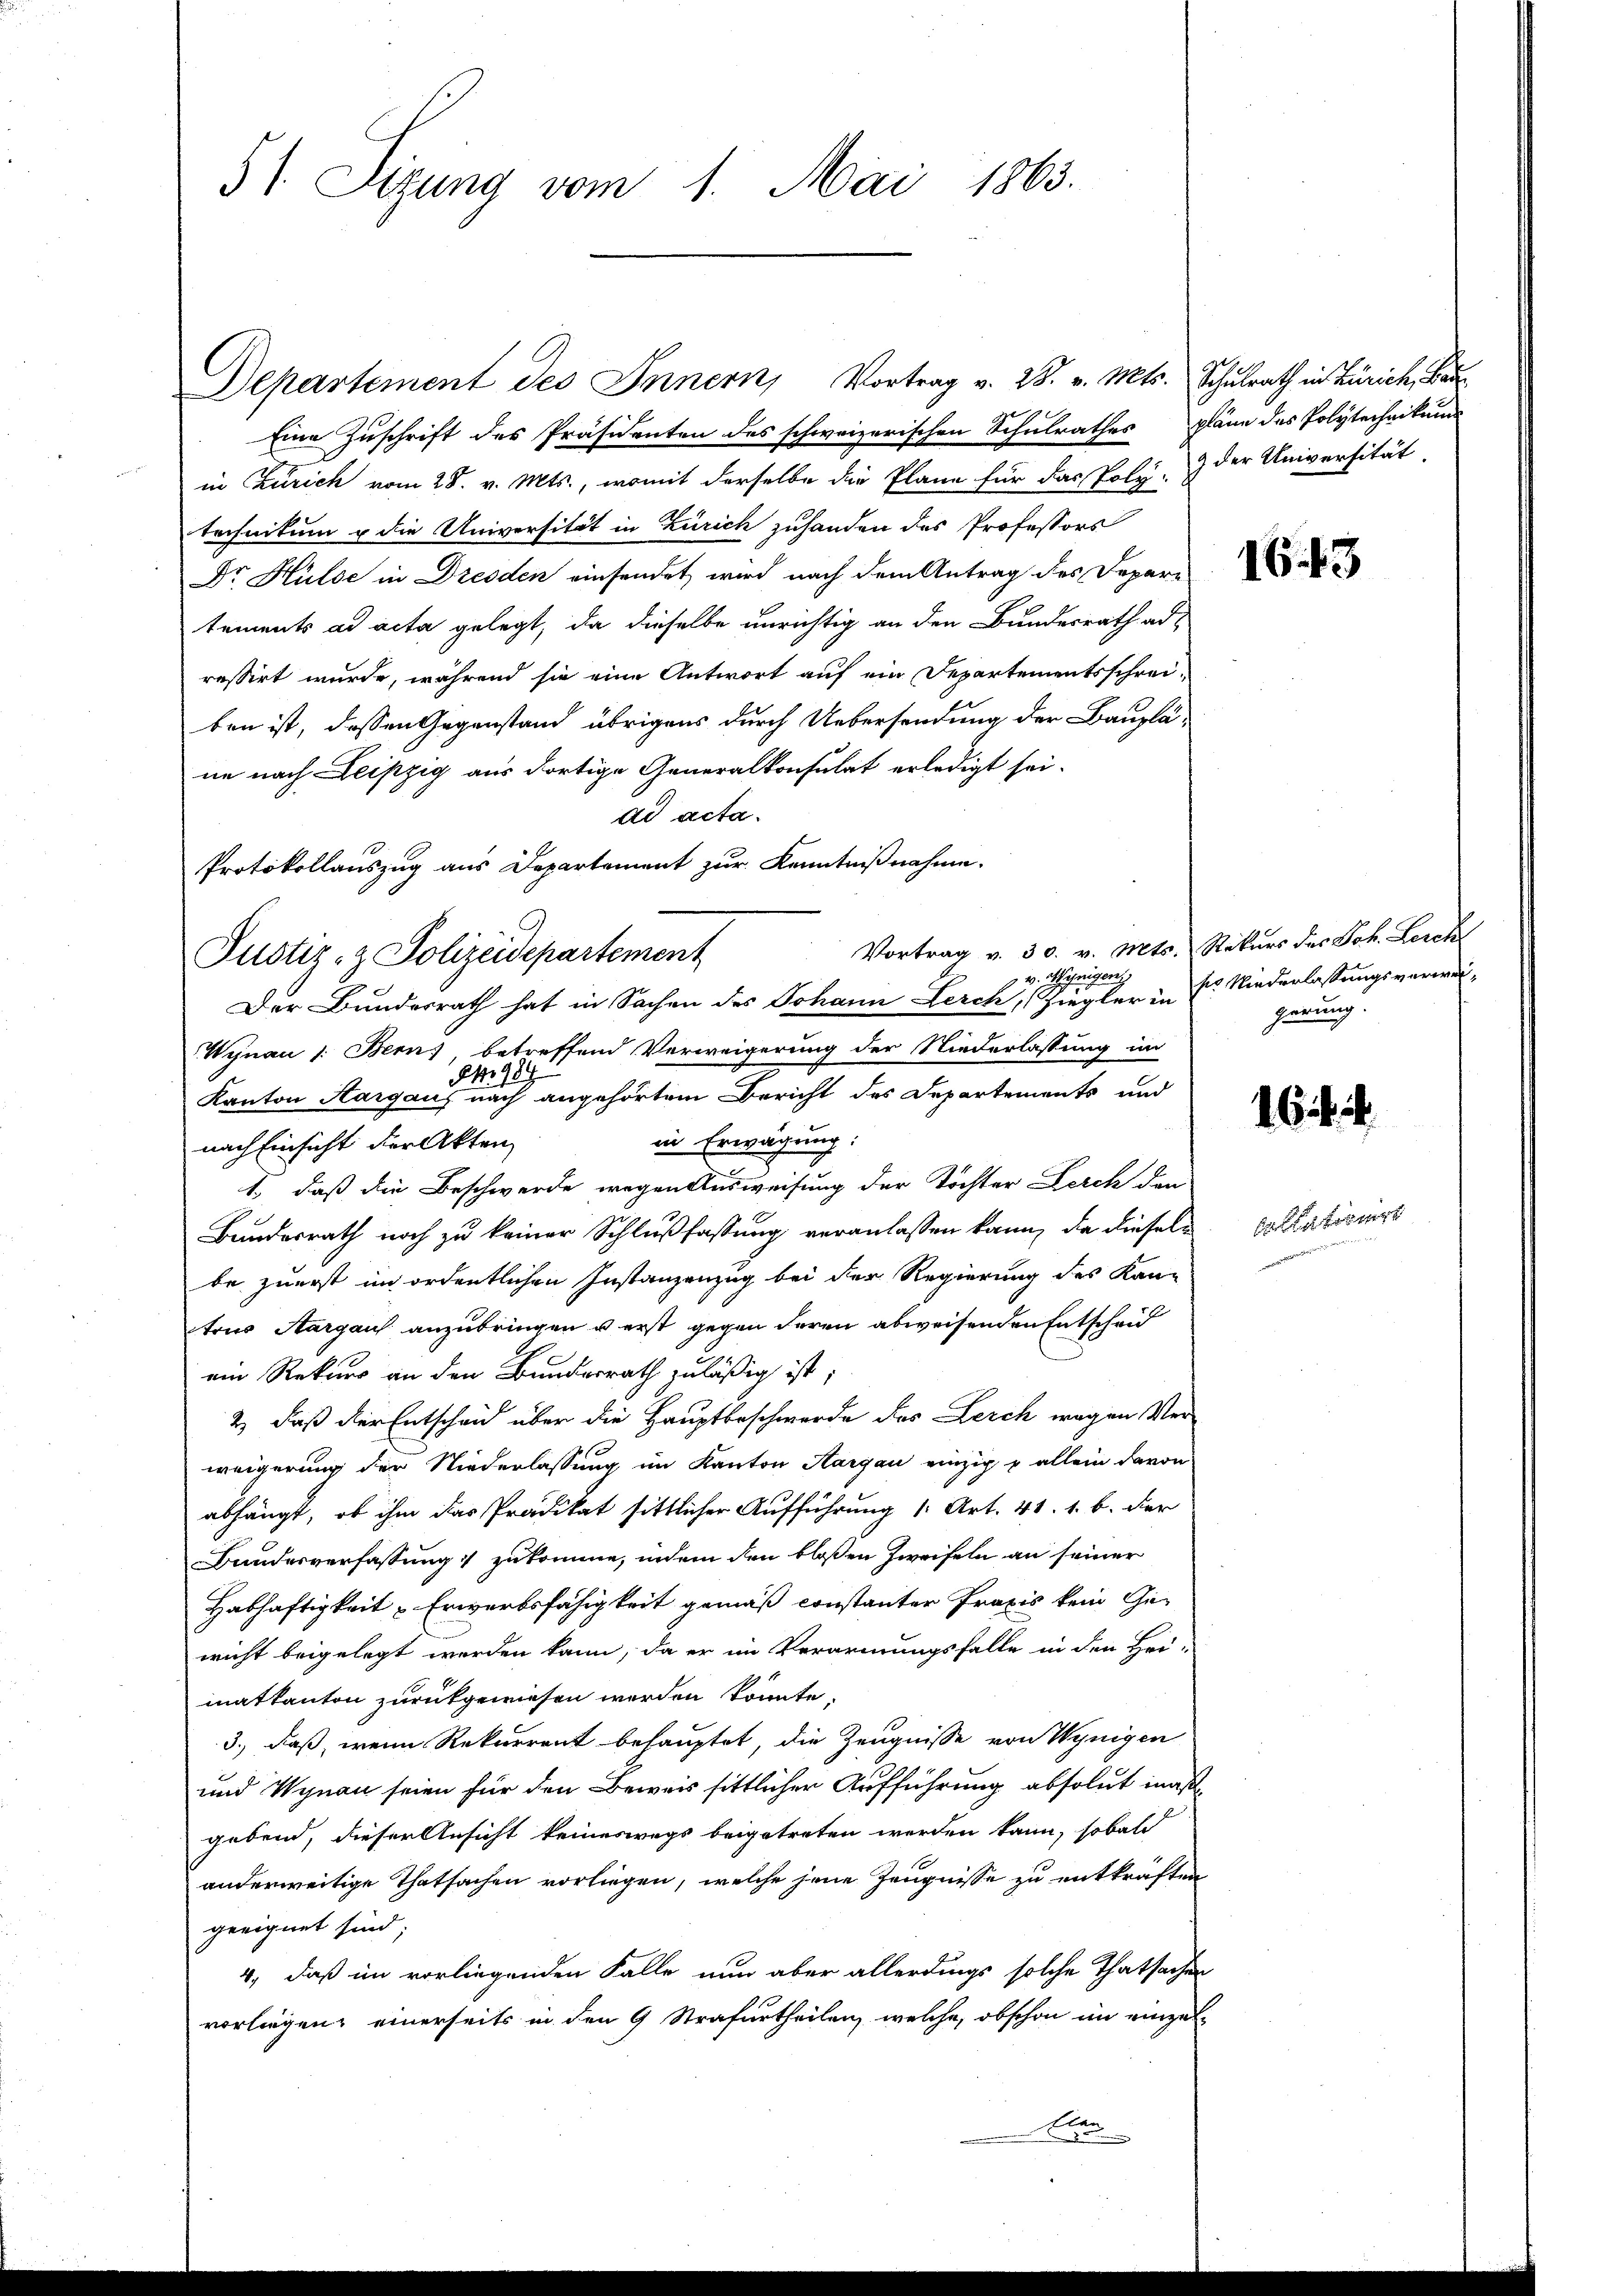
Eine Zuschrift des Präsidenten des schweizerischen Schulrathes Pläne des Polytechnikums
in Zürich vom 28. v. Mts., womit derselbe die Pläne für das Poly- & der Universität
technikum u die Universität in Zürich zuhanden des Professors
Dr Hülse in Dresden einsendet, wird nach dem Antrag des Depare
tements ad acta gelegt, da dieselbe unrichtig an den Bundesrath ad
ressirt wurde, während sie eine Antwort auf ein Departementsschrei-
ben ist, dessen Gegenstand übrigens durch Uebersendung der Bauplä-
ne nach Leipzig aus dortige Generalkonsulat erledigt sei.
ad acta.
Protokollauszug aus Departement zur Kenntnißnahme.
Vortrag v. 30. v. Mts. Rekurs des Joh. Leich
Justiz- & Polizeidepartement
v. Mürigen
Der Bundesrath hat in Sachen des Johann Lerch, (Fiegler in
Wynau 1: Bern), betreffend Verweigerung der Niederlassung im
934
Kanton Aargau, nach angehörtem Bericht des Departements und
in Erwägung:
nach Einsicht der Akten
1., daß die Beschwerde wegen Ausweisung der Töchter Lerch den
Bundesrath noch zu keiner Schlußfassung veranlassen kann, da dieselbe zuerst im ordentlichen Instanzenzug bei der Regierung des Kan-
trus Aargau anzubringen u erst gegen deren abweisenden Entscheid
ein Rekurs an den Bundesrath zuläßig ist;
2.) daß der Entscheid über die Hauptbeschwerde des Lerch wegen Verweigerung der Niederlassung im Kanton Aargau einzig u allein davon
abhängt, ob ihm das Prädikat sittlicher Aufführung 1. Art. 41. 1. b. der
Bundesverfassung zukomme, indem den bloßen Zweifeln an seiner
Habhaftigkeit - Erwerbsfähigkeit gemäß constanter Praxis kein Gewicht beigelegt werden kann, da er im Verarmungsfalle in den Hei-
matkanton zurückgewiesen werden könnte.
3., daß, wenn Rekurrent behauptet, die Zeugnisse von Wynigen
und Wynau seien für den Beweis sittlicher Aufführung absolut maßgebend, dieser Ansicht keineswegs beigetreten werden kann, sobald
anderweitige Thatsachen vorliegen, welche jene Zeugnisse zu entkräften
geeignet sind;
4, daß im vorliegenden Falle nun aber allerdings solche Thatsachen
vorliegen, einerseits in den 9 Strafurtheilen, welche, obschon im einzel¬
Aar

5). Sitzung vom 1. Mai 1863.

Departement des Innern, Vortrag v. 28. v. Mts. Schulrath in Zürich, Bau¬

1643

ses Niederlassungsverweigerung.

16.

dahin formirt